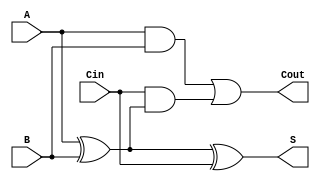
module FullAdder (
    input wire A,     // First binary input
    input wire B,     // Second binary input
    input wire Cin,   // Carry-in input
    output wire S,    // Sum output
    output wire Cout   // Carry-out output
);

// Sum is computed as A XOR B XOR Cin
assign S = A ^ B ^ Cin;

// Carry-out is computed as (A AND B) OR (Cin AND (A XOR B))
assign Cout = (A & B) | (Cin & (A ^ B));

endmodule